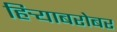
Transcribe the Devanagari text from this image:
हिर्‍याबरोबर